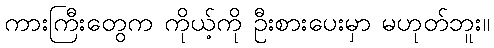
ကားကြီးတွေက ကိုယ့်ကို ဦးစားပေးမှာ မဟုတ်ဘူး။